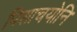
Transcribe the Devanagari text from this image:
पिशाचयोनि